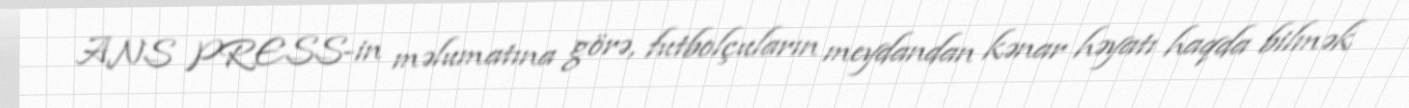
ANS PRESS-in məlumatına görə, futbolçuların meydandan kənar həyatı haqda bilmək